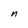
Character: n